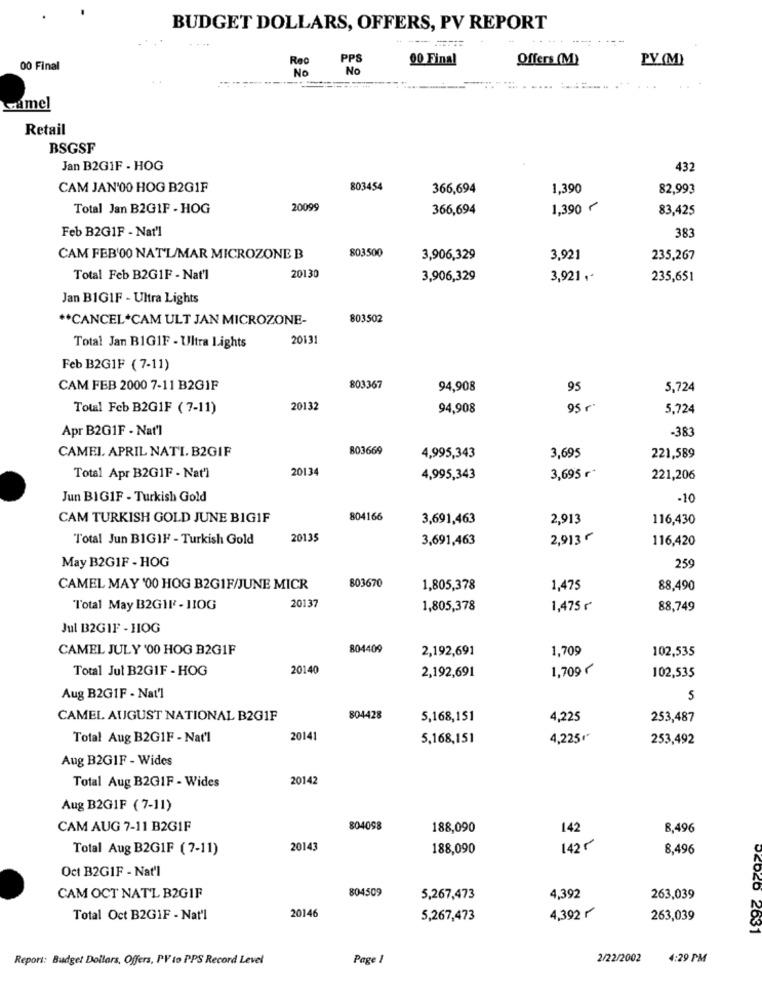
BUDGET DOLLARS, OFFERS, PV REPORT
Rec
PPS
00 Final
Offers (M)
PV (M)
00 Final
No
amel
Retail
BSGSF
Jan B2GIF - HOG
432
CAM JAN'00 HOG B2GIF
803454
366,694
1,390
82,993
Total Jan B2GIF - HOG
20099
366,694
1,390 €
83,425
Feb B2GIF - Nat'l
38
803500
CAM FEB'00 NATL/MAR MICROZONE B
3,906,329
3,921
235,267
Total Feb B2G1F - Nat'l
20130
3,906,329
3,921 ,-
235,651
Jan BIGIF - Ultra Lights
** CANCEL*CAM ULT JAN MICROZONE-
803502
20131
Total Jan B1GIF - Ultra Lights
Feb B2G1F (7-11)
CAM FEB 2000 7-11 B2GIF
803367
94,908
95
5,724
Total Feb B2G1F ( 7-11)
20132
94,908
95
5,724
Apr B2G1F - Nat'l
-383
CAMEL. APRIL NATI. B2GIF
803669
4,995,343
3,695
221,589
20134
Total Apr B2G1F - Nat'l
4,995,343
3,695 r*
221,206
Jun BIGIF - Turkish Gold
-10
CAM TURKISH GOLD JUNE BIGIF
804166
3,691,463
2,913
116,430
Total Jun BIGIF - Turkish Gold
20135
3,691,463
2,913 -
116,420
259
May B2GIF - HOG
CAMEL MAY '00 HOG B2GIF/JUNE MICR
803670
1,805,378
1,475
88,490
20137
l'otal May B2G1F - JIOG
1,805,378
1,475₼
88,749
Jul B2GIF - HOG
CAMEL JULY '00 HOG B2G1F
804409
2,192,691
1,709
102,535
Total Jul B2GIF - HOG
20140
1,709€
2,192,691
102,535
Aug B2GIF - Nat'l
5
CAMEL AUGUST NATIONAL B2GIF
804428
5,168,151
4,225
253,487
Total Aug B2GIF - Nat'l
20141
5,168,151
4,225₼
253,492
Aug B2GIF - Wides
Total Aug B2GIF - Wides
20142
Aug B2GIF (7-11)
CAM AUG 7-11 B2GIF
804098
188,090
142
8,496
Total Aug B2GIF (7-11)
20143
188,090
142 5
8,496
Oct B2GIF - Nat'l
804509
CAM OCT NATL B2GIF
5,267,473
4,392
263,039
20146
Total Oct B2GIF - Nat'l
5,267,473
4,392 r
263,039
Report: Budget Dollars, Offers, PV to PPS Record Level
Page 1
2/22/2002
4:29 PM